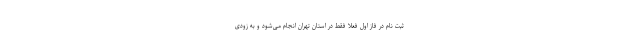
ثبت نام در فاز اول فعلا فقط در استان تهران انجام می‌شود و به زودی